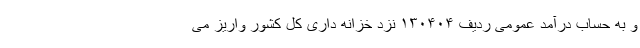
و به حساب درآمد عمومی ردیف ۱۳۰۴۰۴ نزد خزانه داری کل کشور واریز می